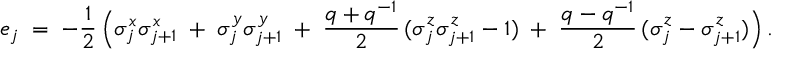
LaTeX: e _ { j } \; = \; - \frac 1 2 \, \Bigl ( \sigma _ { j } ^ { x } \sigma _ { j + 1 } ^ { x } \; + \; \sigma _ { j } ^ { y } \sigma _ { j + 1 } ^ { y } \; + \; \frac { q + q ^ { - 1 } } 2 \, ( \sigma _ { j } ^ { z } \sigma _ { j + 1 } ^ { z } - 1 ) \; + \; \frac { q - q ^ { - 1 } } 2 \, ( \sigma _ { j } ^ { z } - \sigma _ { j + 1 } ^ { z } ) \Bigr ) \, .